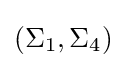
(\Sigma _{1},\Sigma _{4})